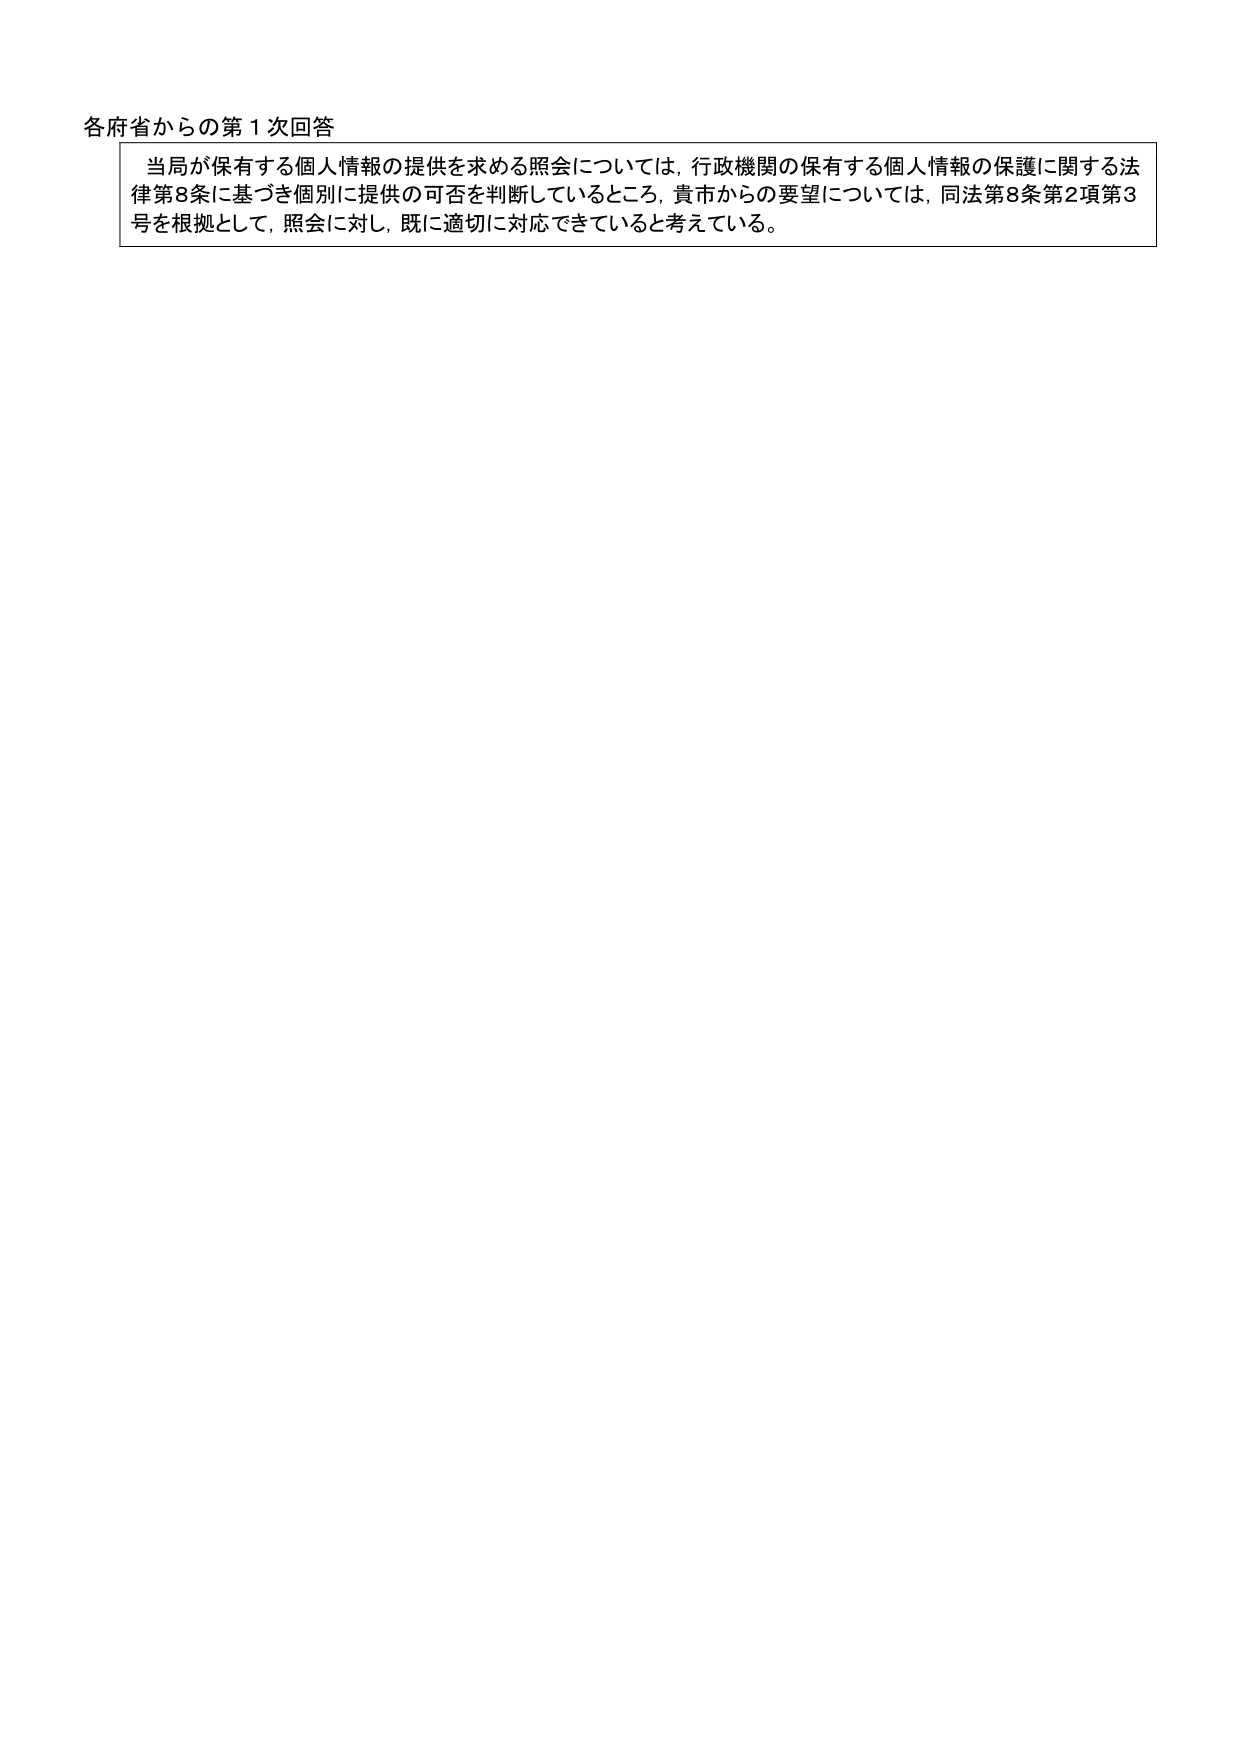
各府省からの第１次回答

当局が保有する個人情報の提供を求める照会については，行政機関の保有する個人情報の保護に関する法律第8条に基づき個別に提供の可否を判断しているところ，貴市からの要望については，同法第8条第2項第3号を根拠として，照会に対し，既に適切に対応できていると考えている。